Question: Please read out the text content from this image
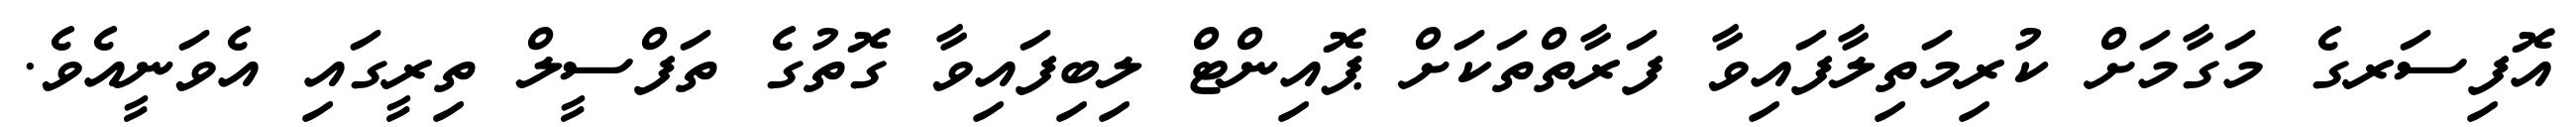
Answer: އޮފިސަރގެ މަގާމަށް ކުރިމަތިލާފައިވާ ފަރާތްތަކަށް ޕޮއިންޓް ލިބިފައިވާ ގޮތުގެ ތަފްސީލް ތިރީގައި އެވަނީއެވެ.